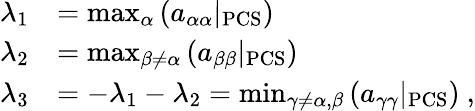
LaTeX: \begin{array}{rl}{\lambda_{1}}&{=\operatorname*{max}_{\alpha}\left(a_{\alpha\alpha}|_{\mathrm{PCS}}\right)}\\ {\lambda_{2}}&{=\operatorname*{max}_{\beta\neq\alpha}\left(a_{\beta\beta}|_{\mathrm{PCS}}\right)}\\ {\lambda_{3}}&{=-\lambda_{1}-\lambda_{2}=\operatorname*{min}_{\gamma\neq\alpha,\beta}\left(a_{\gamma\gamma}|_{\mathrm{PCS}}\right)\ \mathrm{,}}\end{array}